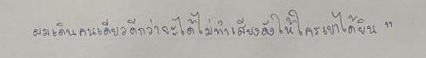
ผมเดินคนเดียวดีกว่าจะได้ไม่ทำเสียงดังให้ใครเขาได้ยิน"